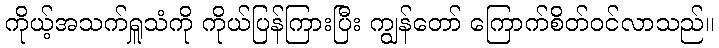
ကိုယ့်အသက်ရှူသံကို ကိုယ်ပြန်ကြားပြီး ကျွန်တော် ကြောက်စိတ်ဝင်လာသည်။